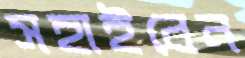
সহাইবেন